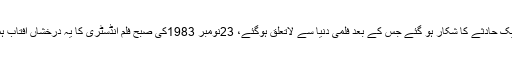
1980میں وحید مراد ایک حادثے کا شکار ہو گئے جس کے بعد فلمی دنیا سے لاتعلق ہوگئے، 23نومبر 1983کی صبح فلم انڈسٹری کا یہ درخشاں آفتاب ہمیشہ کے لیے ڈوب گیا۔